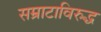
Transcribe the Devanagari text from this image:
सम्राटाविरुद्ध